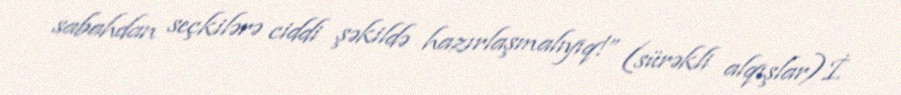
sabahdan seçkilərə ciddi şəkildə hazırlaşmalıyıq!” (sürəkli alqışlar)İ.